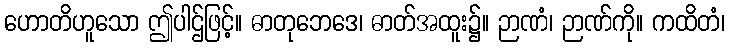
ဟောတိဟူသော ဤပါဌ်ဖြင့်။ ဓာတုဘေဒေ၊ ဓာတ်အထူး၌။ ဉာဏံ၊ ဉာဏ်ကို။ ကထိတံ၊